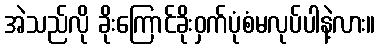
အဲသည်လို ခိုးကြောင်ခိုးဝှက်ပုံစံမလုပ်ပါနဲ့လား။